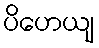
ပိဟေယျ